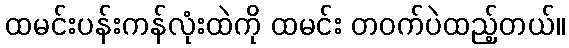
ထမင်းပန်းကန်လုံးထဲကို ထမင်း တဝက်ပဲထည့်တယ်။